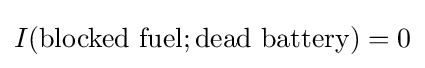
I({\text{blocked fuel}};{\text{dead battery}})=0